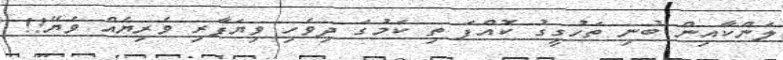
ލަންކާއިން ބުނި ތަހުގީގު ކޮއްފަ ތި ކަމުގަ ދިވެހި ވިޔަފާރި ވެރިޔެއް ވެޔޭ!!